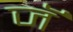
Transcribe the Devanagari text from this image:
जॅ